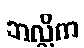
ဘလ္လိက